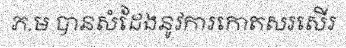
ភ.ម បានសំដែងនូវការកោតសរសើរ